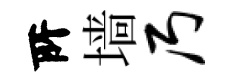
𠩄墙乃